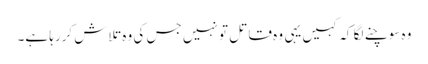
وہ سوچنے لگا کہ کہیں یہی وہ قاتل تو نہیں جس کی وہ تلاش کررہا ہے۔